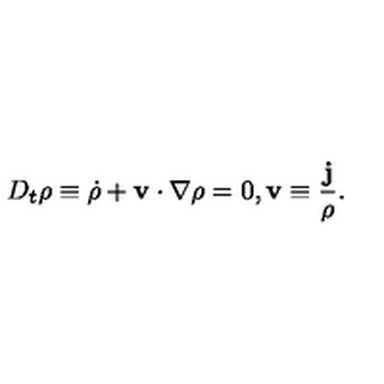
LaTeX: D _ { t } \rho \equiv \dot { \rho } + { \bf v } \cdot \nabla \rho = 0 , { \bf v } \equiv \frac { \bf j } { \rho } .